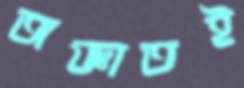
অজ্ঞাতই